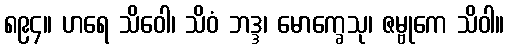
၈၉၄။ ဟရေ သိဝေါ၊ သိဝံ ဘဒ္ဒ၊ မောက္ခေသု၊ ဇမ္ဗုကေ သိဝါ။